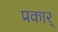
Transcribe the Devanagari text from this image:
प्रकार्